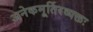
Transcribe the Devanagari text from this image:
अनेकमूर्तिरव्यक्तः